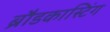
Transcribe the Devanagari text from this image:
ब्रौडकास्टिंग